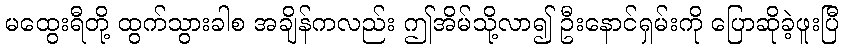
မထွေးရီတို့ ထွက်သွားခါစ အချိန်ကလည်း ဤအိမ်သို့လာ၍ ဦးနောင်ရှမ်းကို ပြောဆိုခဲ့ဖူးပြီ